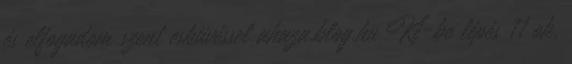
és elfogadom szent esküvéssel ahaza.blog.hu Ki-be lépés 11 ok,